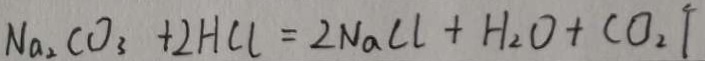
N a _ { 2 } C O _ { 3 } + 2 H C l = 2 N a C l + H _ { 2 } O + C O _ { 2 } \uparrow